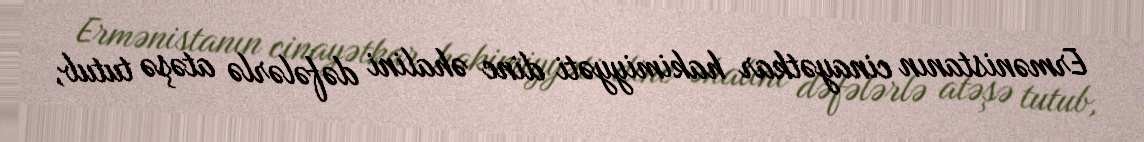
Ermənistanın cinayətkar hakimiyyəti dinc əhalini dəfələrlə atəşə tutub,